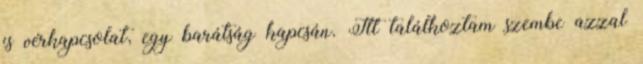
is vérkapcsolat, egy barátság kapcsán. Itt találkoztam szembe azzal